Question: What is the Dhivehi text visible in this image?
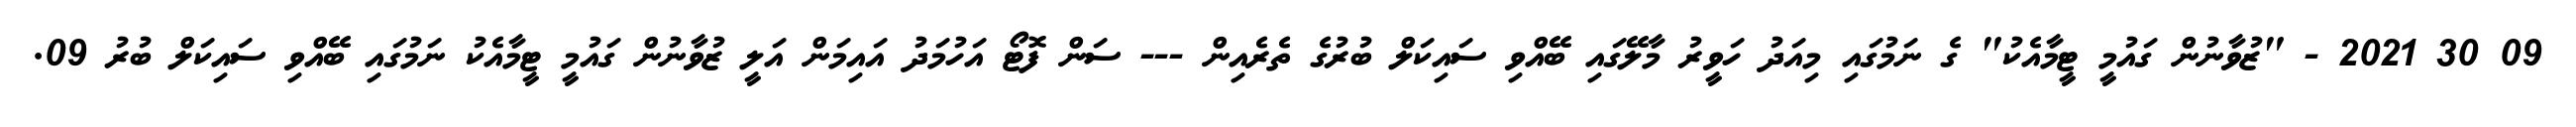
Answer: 09 30 2021 - "ޒުވާނުން ގައުމީ ޓީމާއެކު" ގެ ނަމުގައި މިއަދު ހަވީރު މާލޭގައި ބޭއްވި ސައިކަލް ބުރުގެ ތެރެއިން --- ސަން ފޮޓޯ އަހުމަދު އައިމަން އަލީ ޒުވާނުން ގައުމީ ޓީމާއެކު ނަމުގައި ބޭއްވި ސައިކަލް ބުރު 09.